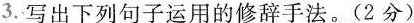
3.写出下列句子运用的修辞手法。(2分)